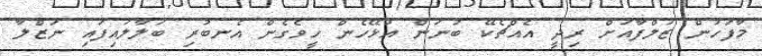
މާފަހުން ޒުލްފާއަށް ރިދީ އެއްޗެކޭ ބުނަން އުޅޭހެން ހީވެގެން އެނބުރި ބަލާލައިފައި ނަޒްލާ